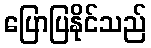
ပြောပြနိုင်သည်